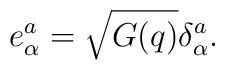
e^a_\alpha = \sqrt{G(q)} \delta^a_\alpha.